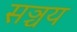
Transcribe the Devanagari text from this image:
सञ्चय